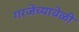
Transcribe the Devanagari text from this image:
गरजेच्यावेळी